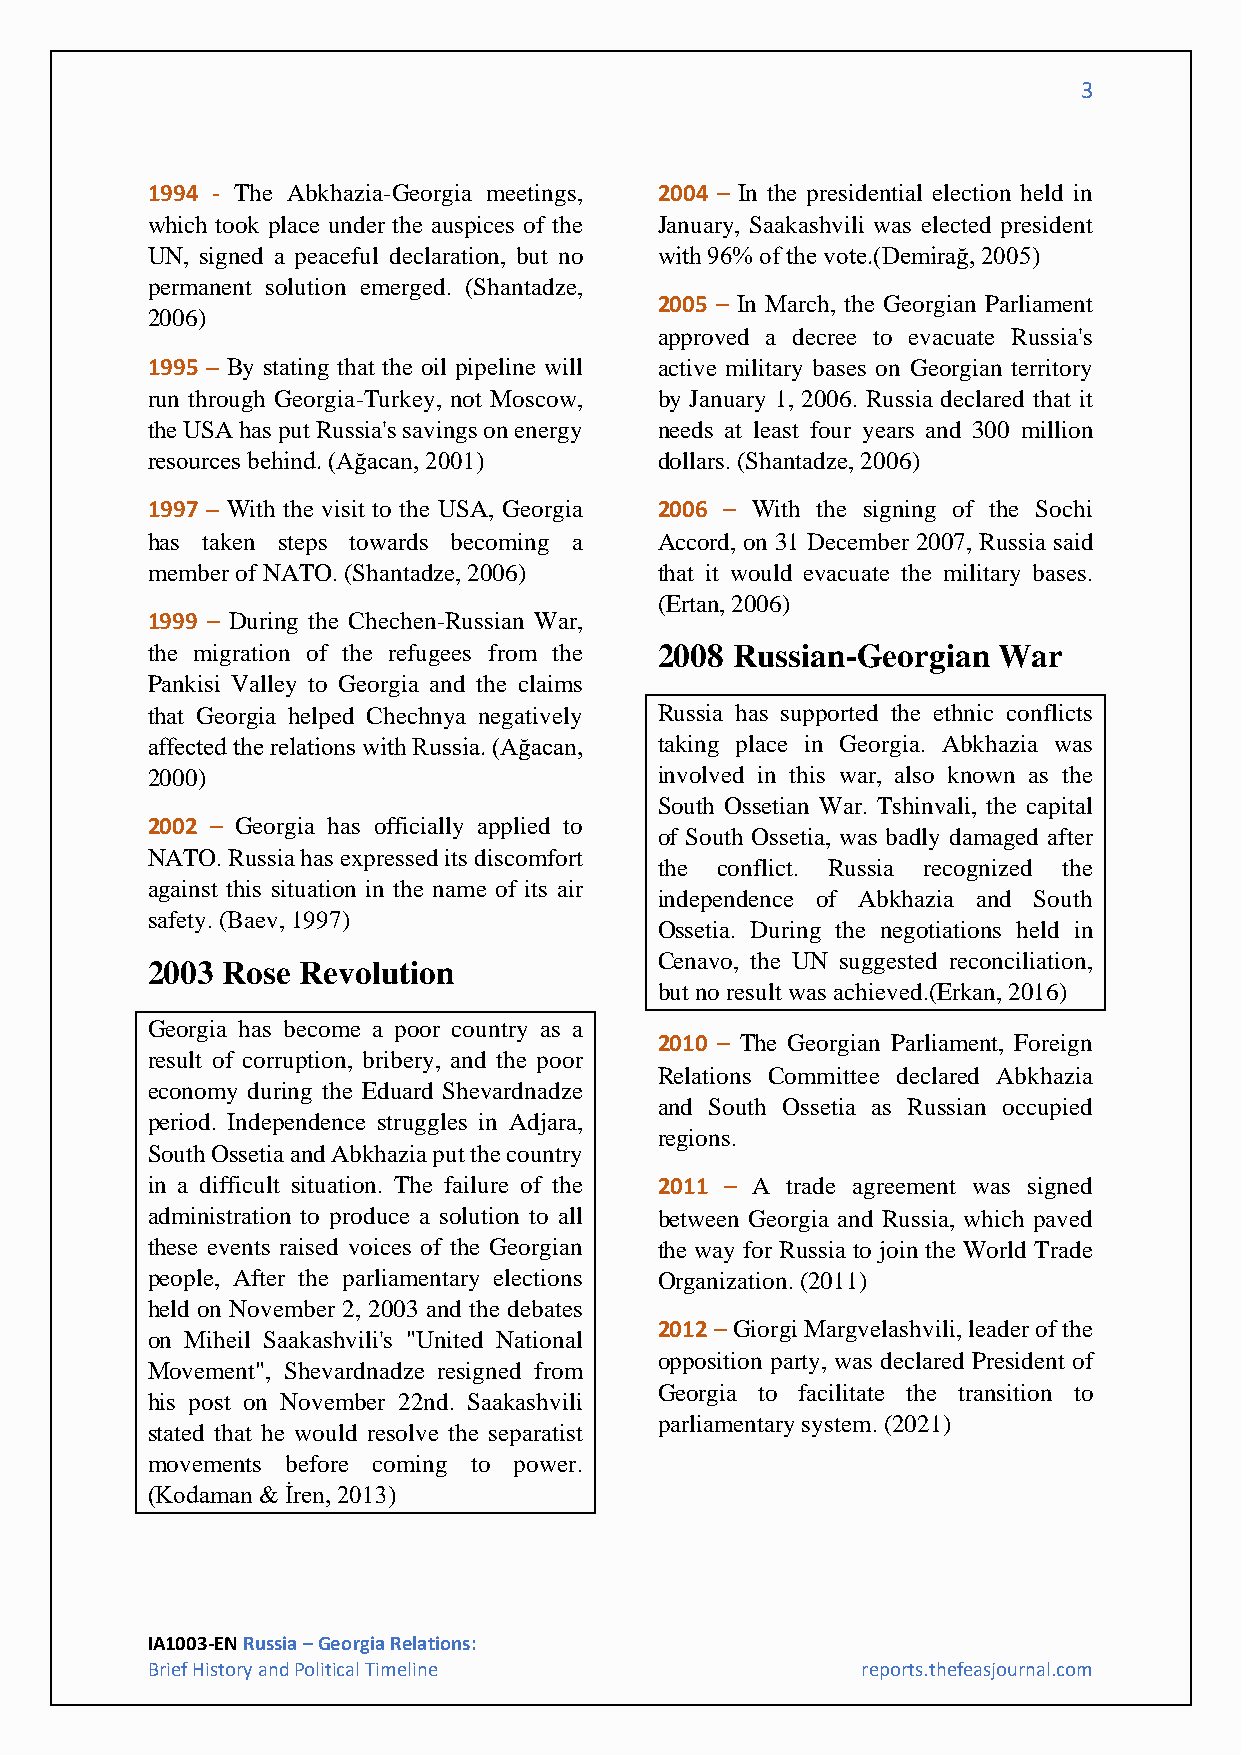
3
 1994 - The Abkhazia-Georgia meetings, 2004 – In the presidential election held in
 which took place under the auspices of the January, Saakashvili was elected president
 UN, signed a peaceful declaration, but no with 96% of the vote.(Demirağ, 2005)
 permanent solution emerged. (Shantadze,
 2005 – In March, the Georgian Parliament
 2006)
 approved a decree to evacuate Russia's
 1995 – By stating that the oil pipeline will active military bases on Georgian territory
 run through Georgia-Turkey, not Moscow, by January 1, 2006. Russia declared that it
 the USA has put Russia's savings on energy needs at least four years and 300 million
 resources behind. (Ağacan, 2001)  dollars. (Shantadze, 2006)
 1997 – With the visit to the USA, Georgia 2006 – With the signing of the Sochi
 has taken steps towards becoming a Accord, on 31 December 2007, Russia said
 member of NATO. (Shantadze, 2006) that it would evacuate the military bases.
 (Ertan, 2006)
 1999 – During the Chechen-Russian War,
 the migration of the refugees from the 2008 Russian-Georgian War
 Pankisi Valley to Georgia and the claims
 that Georgia helped Chechnya negatively Russia has supported the ethnic conflicts
 affected the relations with Russia. (Ağacan, taking place in Georgia. Abkhazia was
 2000)                             involved in this war, also known as the
 South Ossetian War. Tshinvali, the capital
 2002 – Georgia has officially applied to
 of South Ossetia, was badly damaged after
 NATO. Russia has expressed its discomfort
 the conflict. Russia recognized the
 against this situation in the name of its air
 independence of Abkhazia and South
 safety. (Baev, 1997)
 Ossetia. During the negotiations held in
 Cenavo, the UN suggested reconciliation,
 2003 Rose Revolution
 but no result was achieved.(Erkan, 2016)
 Georgia has become a poor country as a
 2010 – The Georgian Parliament, Foreign
 result of corruption, bribery, and the poor
 Relations Committee declared Abkhazia
 economy during the Eduard Shevardnadze
 and South Ossetia as Russian occupied
 period. Independence struggles in Adjara,
 regions.
 South Ossetia and Abkhazia put the country
 in a difficult situation. The failure of the 2011 – A trade agreement was signed
 administration to produce a solution to all between Georgia and Russia, which paved
 these events raised voices of the Georgian the way for Russia to join the World Trade
 people, After the parliamentary elections Organization. (2011)
 held on November 2, 2003 and the debates
 2012 – Giorgi Margvelashvili, leader of the
 on Miheil Saakashvili's "United National
 opposition party, was declared President of
 Movement", Shevardnadze resigned from
 Georgia to facilitate the transition to
 his post on November 22nd. Saakashvili
 parliamentary system. (2021)
 stated that he would resolve the separatist
 movements before coming to power.
 (Kodaman & İren, 2013)
 IA1003-EN Russia – Georgia Relations:
 Brief History and Political Timeline           reports.thefeasjournal.com